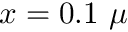
x = 0 . 1 \ \mu